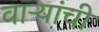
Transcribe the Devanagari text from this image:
वाऱ्यांची